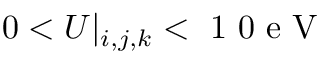
0 < U | _ { i , j , k } < \mathrm { ~ 1 ~ 0 ~ e ~ V ~ }